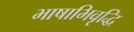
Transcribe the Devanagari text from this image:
भाषाभिवृद्धि